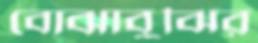
বোঝাবুঝির